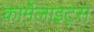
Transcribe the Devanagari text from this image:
कार्मेलाइट्स